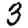
Digit: 3